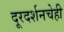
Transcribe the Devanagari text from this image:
दूरदर्शनचेही